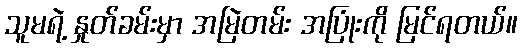
သူမရဲ့ နှုတ်ခမ်းမှာ အမြဲတမ်း အပြုံးကို မြင်ရတယ်။